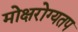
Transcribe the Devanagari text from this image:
मोक्षरोग्यतप